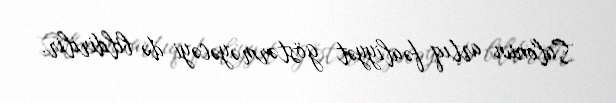
Salonun artıq fəaliyyət göstərməyəcəyi də bildirilir.